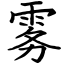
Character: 雾